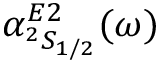
\alpha _ { ^ 2 S _ { 1 / 2 } } ^ { E 2 } ( \omega )